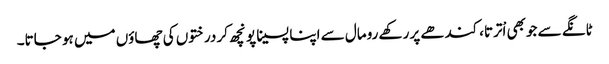
ٹانگے سے جوبھی اْترتا،کندھے پر رکھے رومال سے اپنا پسینا پونچھ کر درختوں کی چھاؤں میں ہو جاتا۔